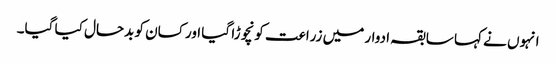
انہوں نے کہا سابقہ ادوار میں زراعت کو نچوڑا گیا اور کسان کو بدحال کیا گیا۔